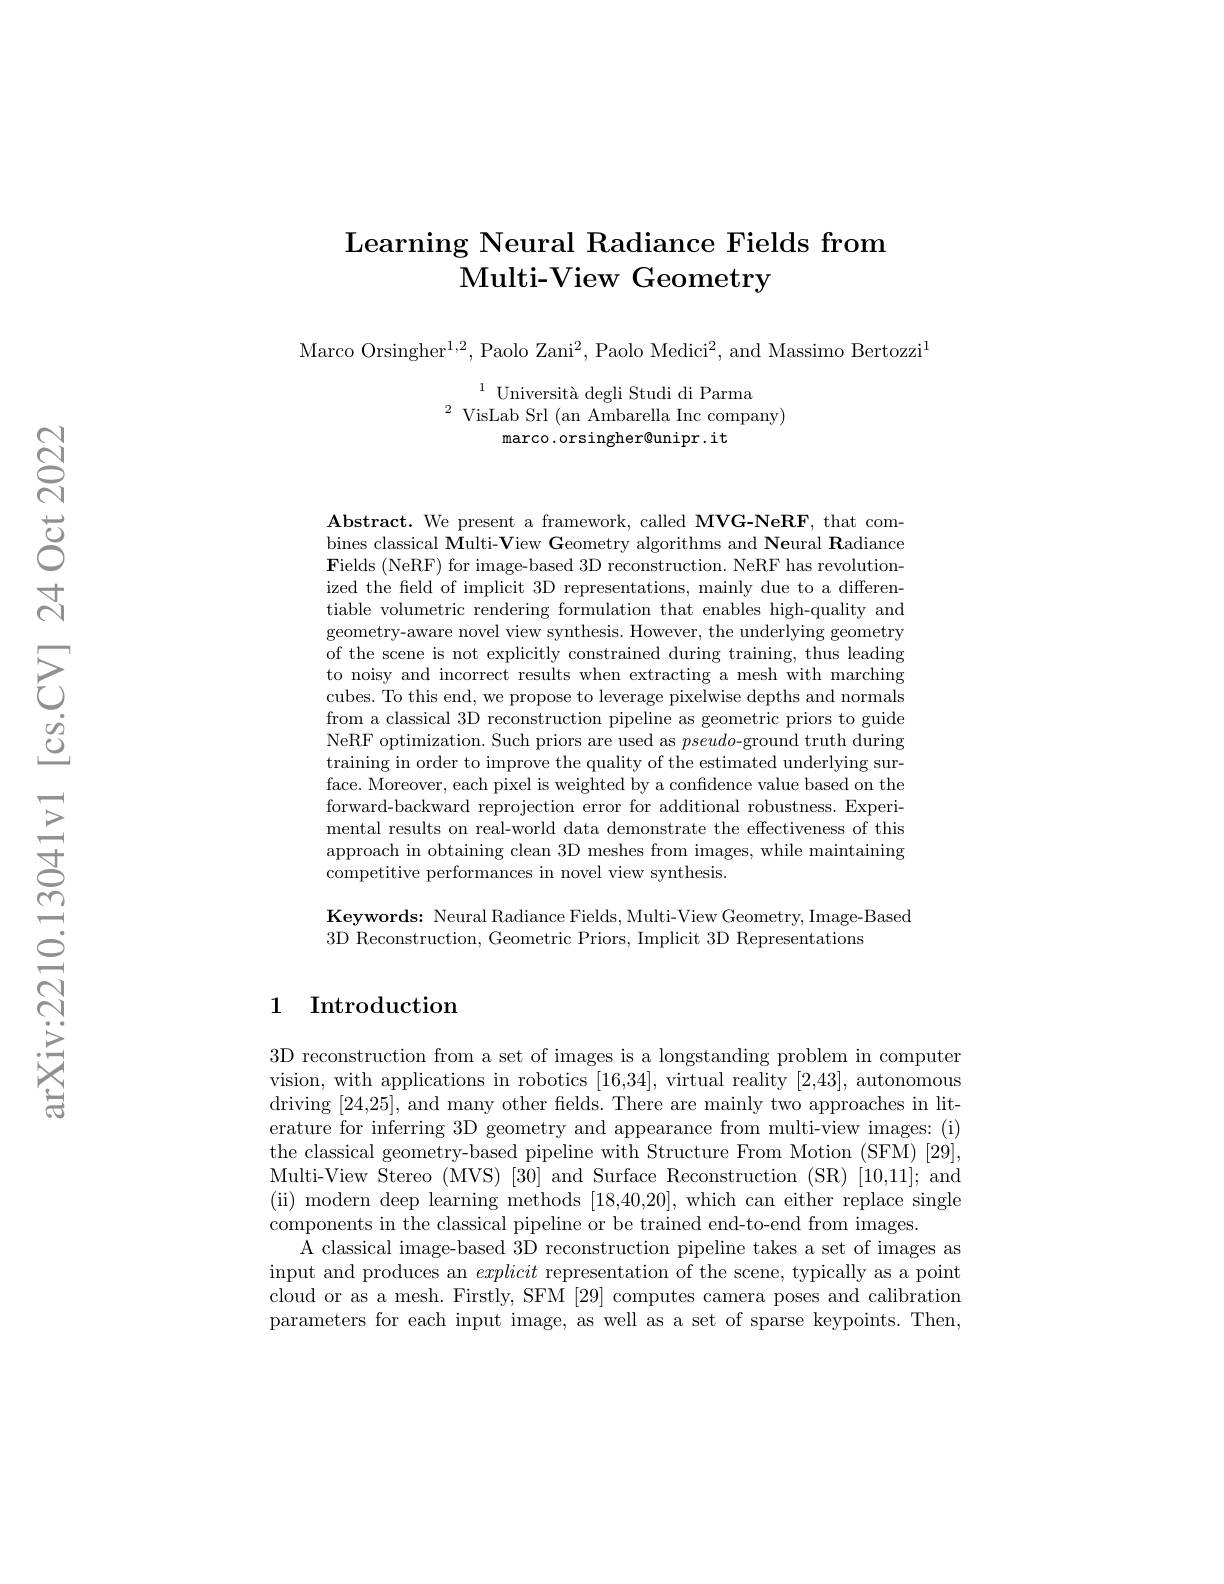
## Learning Neural Radiance Fields from $\textbf{Multi- View Geometry}$

Marco Orsingher$^1,2$, Paolo Zani$^2$, Paolo Medici$^2$, and Massimo Bertozzi$^1$

$^{1}$ Università degli Studi di Parma
$^{2}$VisLab Srl (an Ambarella Inc company)
marco.orsingher@unipr.it

$\mathbf{Abstract.~We~present~a~framework,~called~MVG-NeRF,~that~com-}$ bines classical Multi-View Geometry algorithms and Neural Radiance $\textbf{Fields ( NeRF) for image- based 3D reconstruction. NeRF has revolution- }$ ized the field of implicit 3D representations, mainly due to a differentiable volumetric rendering formulation that enables high-quality and geometry-aware novel view synthesis. However, the underlying geometry of the scene is not explicitly constrained during training, thus leading to noisy and incorrect results when extracting a mesh with marching cubes. To this end, we propose to leverage pixelwise depths and normals from a classical 3D reconstruction pipeline as geometric priors to guide NeRF optimization. Such priors are used as pseudo-ground truth during training in order to improve the quality of the estimated underlying surface. Moreover, each pixel is weighted by a confidence value based on the forward-backward reprojection error for additional robustness. Experimental results on real-world data demonstrate the effectiveness of this approach in obtaining clean 3D meshes from images, while maintaining competitive performances in novel view synthesis

Keywords: Neural Radiance Fields, Multi-View Geometry, Image-Based
3D Reconstruction, Geometric Priors, Implicit 3D Representations

## 1 Introduction

3D reconstruction from a set of images is a longstanding problem in computer vision, with applications in robotics [16,34], virtual reality [2,43], autonomous driving [24,25], and many other fields. There are mainly two approaches in literature for inferring 3D geometry and appearance from multi-view images: (i) the classical geometry-based pipeline with Structure From Motion (SFM) [29], Multi-View Stereo (MVS) [30] and Surface Reconstruction (SR) [10,11]; and (ii) modern deep learning methods [18,40,20], which can either replace single components in the classical pipeline or be trained end-to-end from images.
A classical image-based 3D reconstruction pipeline takes a set of images as input and produces an explicit representation of the scene, typically as a point cloud or as a mesh. Firstly, SFM [29] computes camera poses and calibration parameters for each input image, as well as a set of sparse keypoints. Then,